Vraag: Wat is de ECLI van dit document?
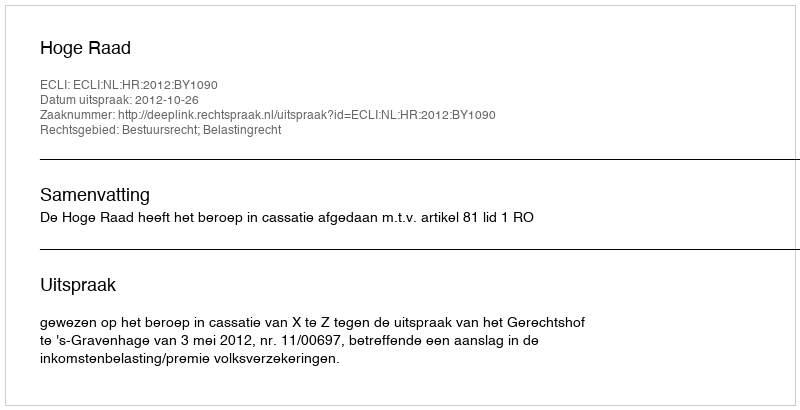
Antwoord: ECLI:NL:HR:2012:BY1090